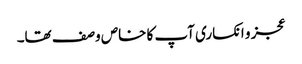
عجز و انکساری آپ کا خاص وصف تھا۔